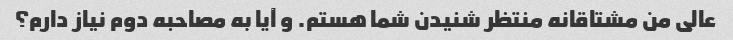
عالی من مشتاقانه منتظر شنیدن شما هستم. و آیا به مصاحبه دوم نیاز دارم؟